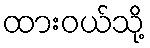
ထားဝယ်သို့